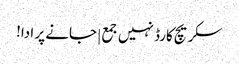
سکریچ کارڈ نہیں جمع | جانے پر ادا!